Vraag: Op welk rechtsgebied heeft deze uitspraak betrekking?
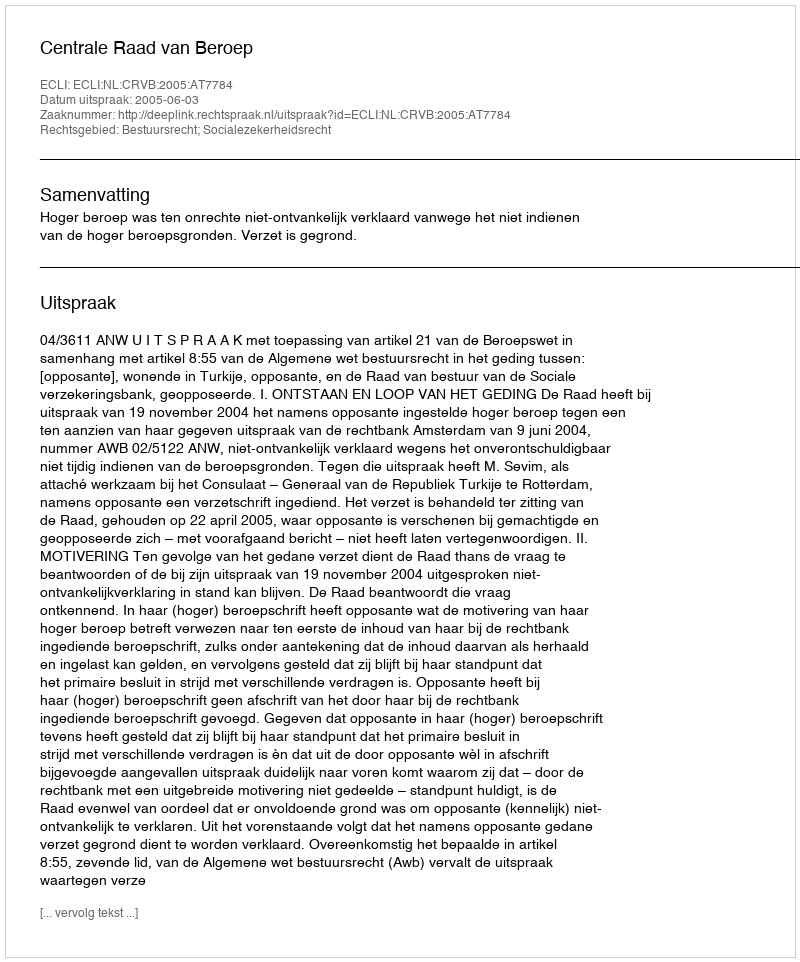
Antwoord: Bestuursrecht; Socialezekerheidsrecht